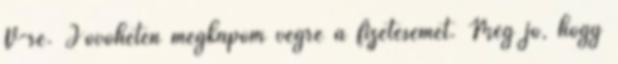
V-re. Jövőhéten megkapom végre a fizetésemet. Még jó, hogy